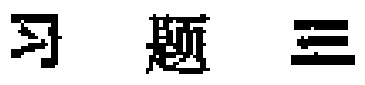
习题三